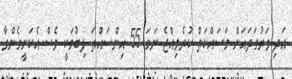
އަދި ވަރުގަދައަށް މަސައްކަތް ކުރެވިއްޖެ ނަމަ 55 އިންސައްތަ ލިބުމަކީ ވެސް އެކަށީގެންވާ